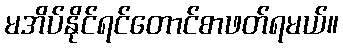
မအိပ်နိုင်ရင်တောင်စာဖတ်ရမယ်။